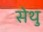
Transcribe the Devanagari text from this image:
सेथु